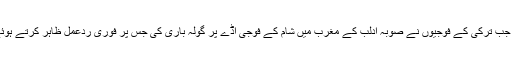
شام اور ترکی کے درمیان جنگ اس وقت شروع ہوئی جب ترکی کے فوجیوں نے صوبہ ادلب کے مغرب میں شام کے فوجی اڈے پر گولہ باری کی جس پر فوری ردعمل ظاہر کرتے ہوئے شام نے بھی ترکی کے خلاف جوابی کارروائی کی۔